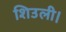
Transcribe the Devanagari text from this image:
शिउली।